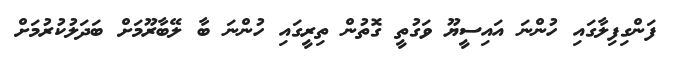
ފަންގިފިލާގައި ހުންނަ އައިސީޔޫ ވަގުތީ ގޮތުން ތިރީގައި ހުންނަ ބާ ލޭބާރޫމަށް ބަދަލުކުރުމަށް